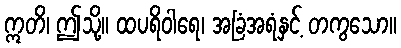
ဣတိ၊ ဤသို့။ ထပရိဝါရေ၊ အခြံအရံနှင့် တကွသော။